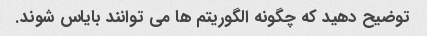
توضیح دهید که چگونه الگوریتم ها می توانند بایاس شوند.